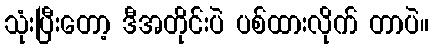
သုံးပြီးတော့ ဒီအတိုင်းပဲ ပစ်ထားလိုက် တာပဲ။